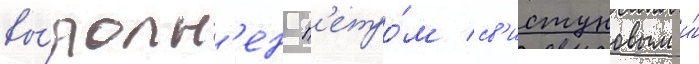
вы́полн'ен п'етро́м св'истуновым и́